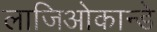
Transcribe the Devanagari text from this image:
लाजिओकान्डे